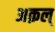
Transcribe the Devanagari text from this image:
अक़ल्‌